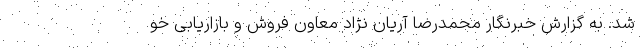
شد. به گزارش خبرنگار محمدرضا آریان نژاد معاون فروش و بازاریابی خو